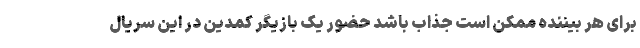
برای هر بیننده ممکن است جذاب باشد حضور یک بازیگر کمدین در این سریال